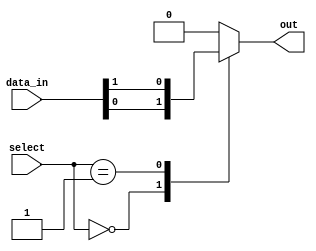
module multiplexer_64_1 (
    input [63:0] data_in,
    input [5:0] select,
    output reg out
);

always @(*)
begin
    case (select)
        6'b000000: out = data_in[0];
        6'b000001: out = data_in[1];
        // Add cases for all 64 input data lines
        // Example:
        // 6'b111111: out = data_in[63];
        default: out = 0; // Default case, outputs 0
    endcase
end

endmodule